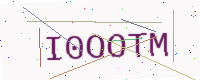
Text: I0OOTM